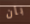
بان